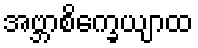
အဗ္ဘာစိက္ခေယျာထ